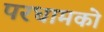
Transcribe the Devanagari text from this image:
परधामको